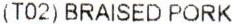
(T02) BRAISED PORK